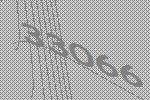
33066